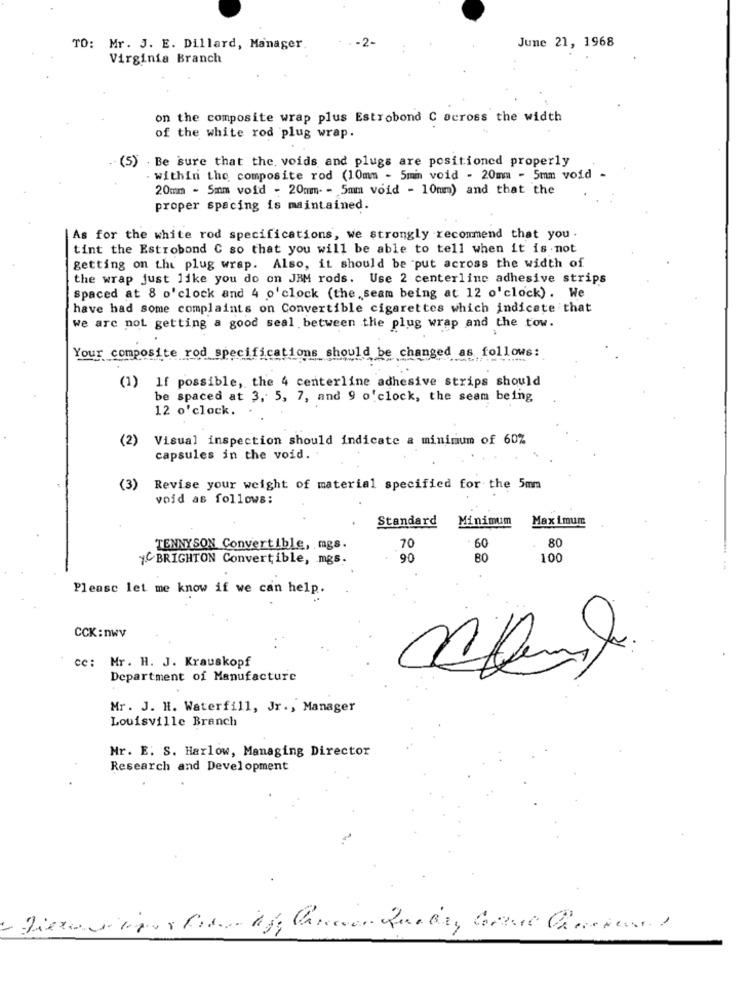
June 21, 1968
TO: Mr. J. E. Dillard, Manager
Virginia Branch
on the composite wrap plus Estrobond C across the width
of the white rod plug wrap.
(5) Be sure that the. voids and plugs are positioned properly
within the composite rod (10mm - 5min void - 20mm - 5mm void -
20mm - 5mm void - 20mm- - 5mm void - 10mm) and that the
proper spacing is maintained.
As for the white rod specifications, we strongly recommend that you .
tint the Estrobond C so that you will be able to tell when it is not
getting on the plug wrap. Also, it should be put across the width of
the wrap just like you do on JBM rods. Use 2 centerline adhesive strips
Spaced at 8 o'clock and 4 o'clock (the .seam being at 12 o'clock). We
have had some complaints on Convertible cigarettes which indicate that
we are not getting a good seal between the plug wrap and the tow.
Your composite rod specifications should be changed as follows:
(1) If possible, the 4 centerline adhesive strips should
be spaced at 3, 5, 7, and 9 o'clock, the seam being
12 o'clock.
(2) Visual inspection should indicate a minimum of 60%
capsules in the void. .
(3)
Revise your weight of material specified for the 5mm
void as follows:
Standard
Minimum
Maximum
80
TENNYSON Convertible, mgs.
70
60
y BRIGHTON Convertible, mgs.
90
80
100
Please let me know if we can help.
CCK:nwv
ce: Mr. H. J. Krauskopf
Department of Manufacture
Mr. J. H. Waterfill, Jr ., Manager
Louisville Branch
Mr. E. S. Harlow, Managing Director
Research and Development